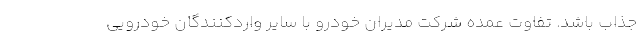
جذاب باشد. تفاوت عمده شرکت مدیران خودرو با سایر واردکنندگان خودرویی